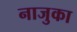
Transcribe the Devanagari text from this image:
नाजुका